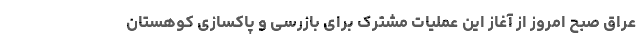
عراق صبح امروز از آغاز این عملیات مشترک برای بازرسی و پاکسازی کوهستان